system: You are a helpful assistant.
user:
Analyze the provided spectrum to determine if it is a **M-type Giant (gM)**.

A M-type Giant spectrum is defined by its **strong molecular absorption** features, particularly from **Titanium Oxide (TiO)**. You must check for one of the following mutually exclusive signatures:

- **Key Visual Indicators (Absorption-Dominated Spectrum):**

    - **(Primary):** The spectrum is dominated by strong molecular absorption from **Titanium Oxide (TiO)**. This is the **defining feature** of its M-type temperature class.
        - **(Key Bandheads):** Look for sharp, "saw-tooth" absorption valleys. The strongest are located near **~7050 Å**, **~6160 Å**, and **~5170 Å**.
        - **(Line Profile):** The "saw-tooth" morphology is critical: a **sharp, steep drop on the BLUE (short-wavelength) side** of the bandhead, followed by a gradual recovery (rising flux) towards the RED (long-wavelength) side.

    - **(Key Confirmation - Giant vs. Dwarf):** **ABSENCE** of strong **Calcium Hydride (CaH)** molecular bands. This is the primary diagnostic for *excluding* M-dwarfs.
        - **(Key Region):** The spectrum should lack the strong, broad absorption band seen in dwarfs between **~6800 Å and ~7000 Å**.

    - **(Secondary Confirmation - Giant):** A very strong and broad **Neutral Calcium (Ca I)** atomic absorption line.
        - **(Key Line):** Located at **~4226 Å**. In a giant (gM), this line is significantly deeper and broader than the same line in an M-dwarf (dM) due to low surface gravity.

    - **(Overall Spectrum):**
        - The continuum is **extremely red-sloping** (i.e., flux is very low in the blue and rises dramatically towards the red).
        - The entire spectrum appears "chopped up" by the deep TiO bands.

Think first, call **spectral_visualization_tool** if needed to examine features in detail, then provide your final answer. Your response must adhere to the following strict rules:
1.  **Overall Structure:** Your response must follow the format `<think>...</think> <tool_call>...</tool_call> (if a tool is used) <answer>...</answer>`.
2.  **Tool Usage Constraint:** You may only make **one** tool call per turn.
3.  **Final Answer Format:** In the `<answer>` tag, your conclusion must be inside a `\boxed{}` command (e.g., `\boxed{YES}` or `\boxed{NO}`), followed by your justification.

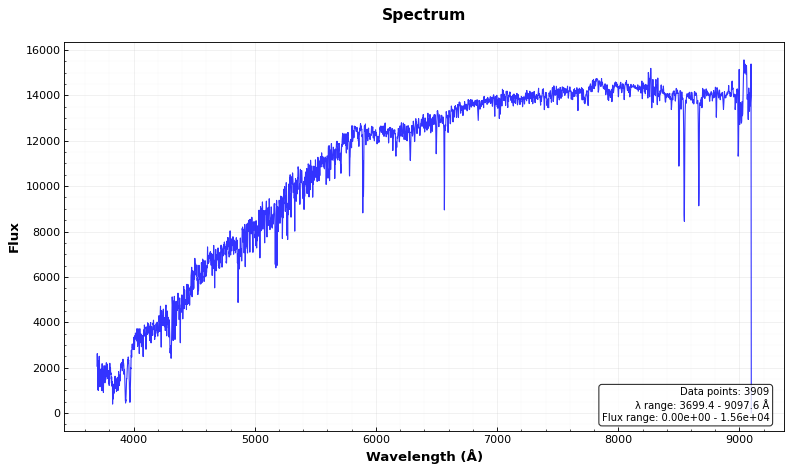
Answer: NO